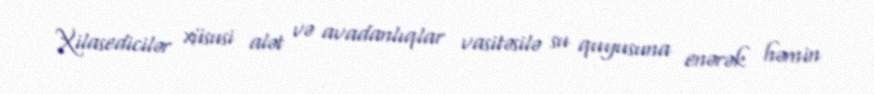
Xilasedicilər xüsusi alət və avadanlıqlar vasitəsilə su quyusuna enərək həmin